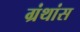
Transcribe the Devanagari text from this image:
ग्रंथांस